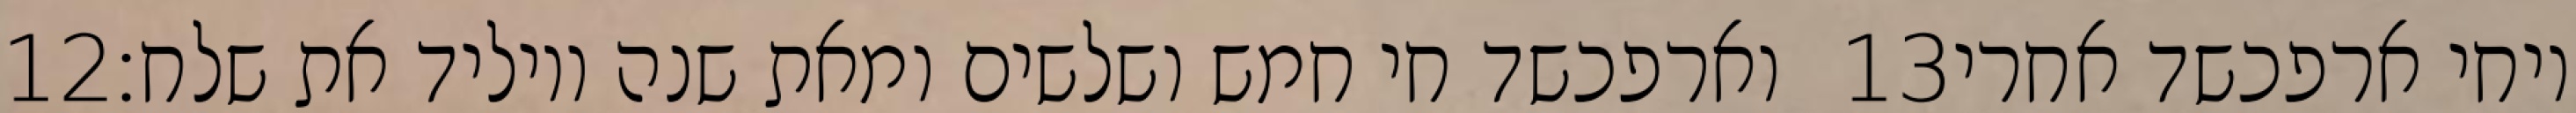
‎12‏ וארפכשד חי חמש ושלשים ומאת שנה ויוליד את שלח׃ ‎13‏ ויחי ארפכשד אחרי